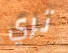
تري